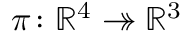
\pi \colon \mathbb { R } ^ { 4 } \twoheadrightarrow \mathbb { R } ^ { 3 }